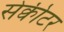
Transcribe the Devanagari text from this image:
सेक्वीटर